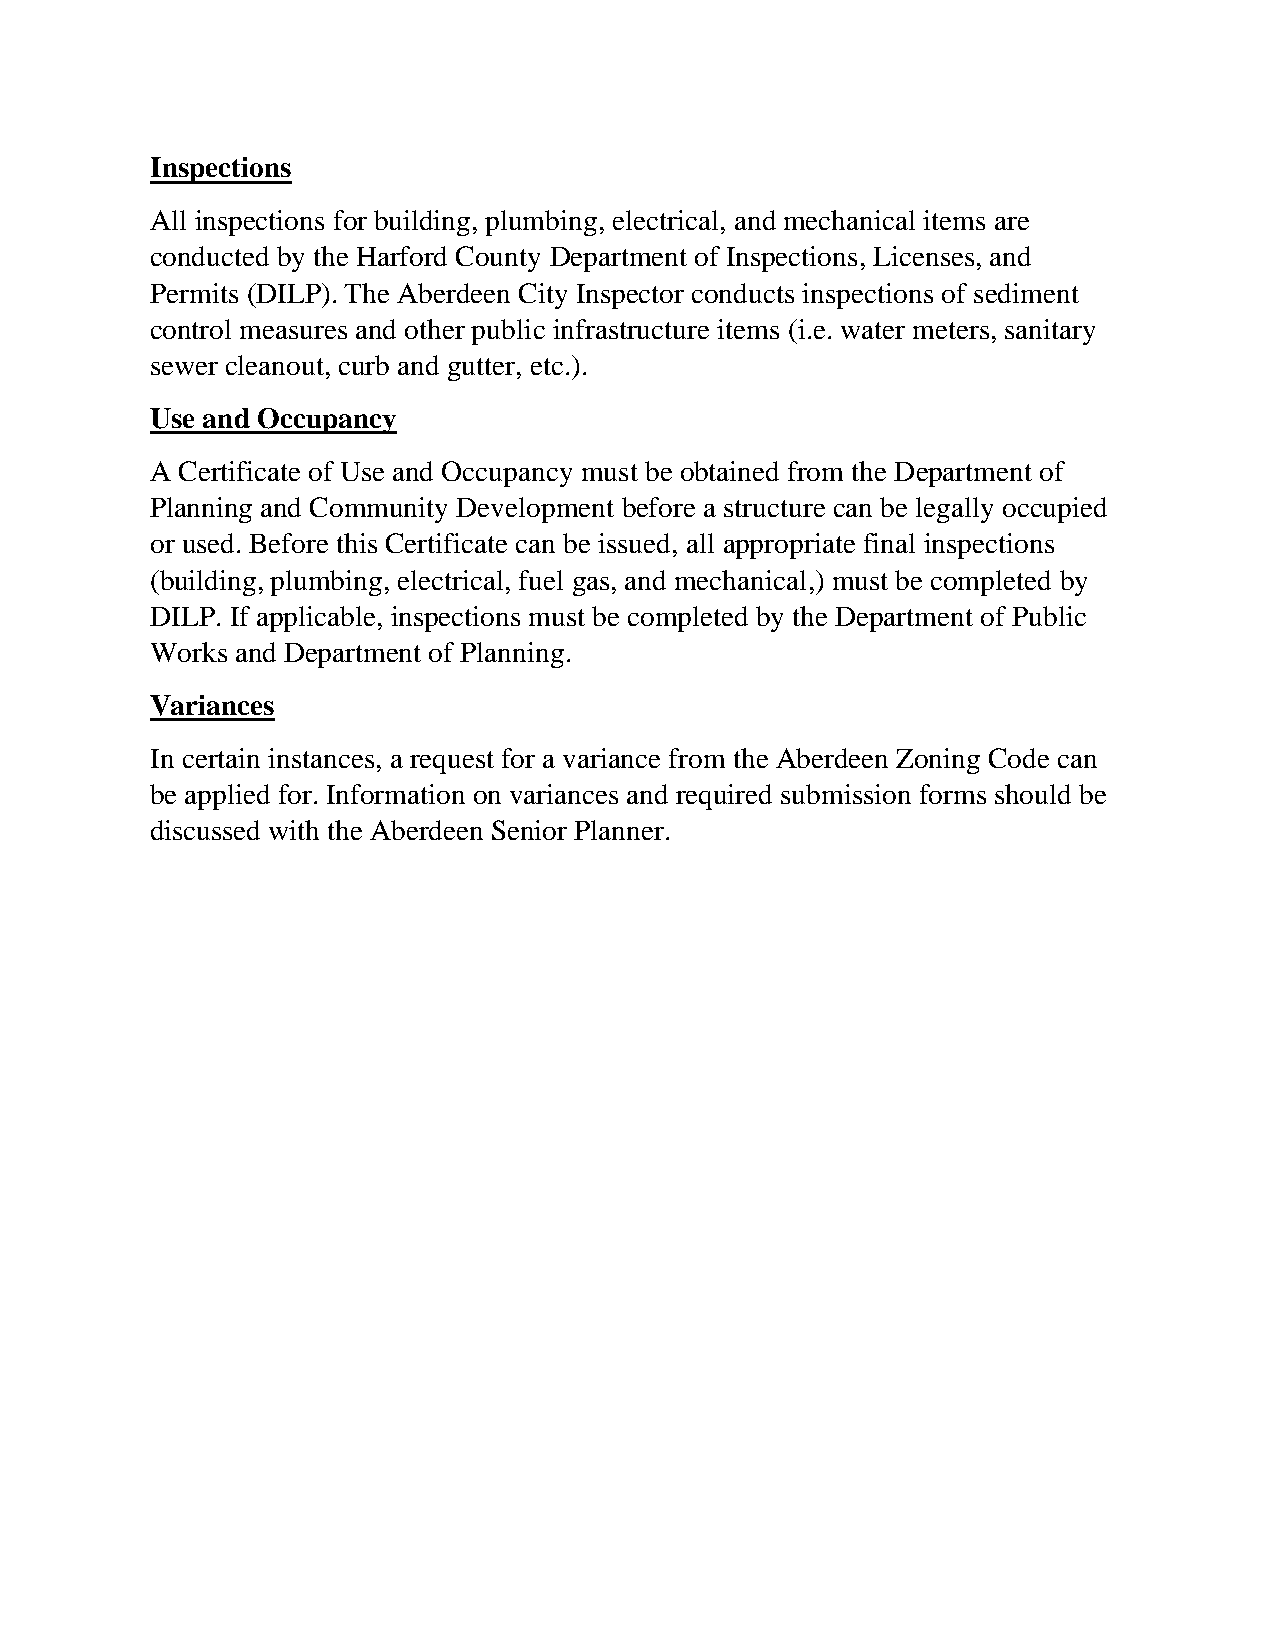
Inspections
 All inspections for building, plumbing, electrical, and mechanical items are
 conducted by the Harford County Department of Inspections, Licenses, and
 Permits (DILP). The Aberdeen City Inspector conducts inspections of sediment
 control measures and other public infrastructure items (i.e. water meters, sanitary
 sewer cleanout, curb and gutter, etc.).
 Use and Occupancy
 A Certificate of Use and Occupancy must be obtained from the Department of
 Planning and Community Development before a structure can be legally occupied
 or used. Before this Certificate can be issued, all appropriate final inspections
 (building, plumbing, electrical, fuel gas, and mechanical,) must be completed by
 DILP. If applicable, inspections must be completed by the Department of Public
 Works and Department of Planning.
 Variances
 In certain instances, a request for a variance from the Aberdeen Zoning Code can
 be applied for. Information on variances and required submission forms should be
 discussed with the Aberdeen Senior Planner.